Annual statistical returns and brief notes on vaccination in Bengal - 1887-1898
Year: 1887
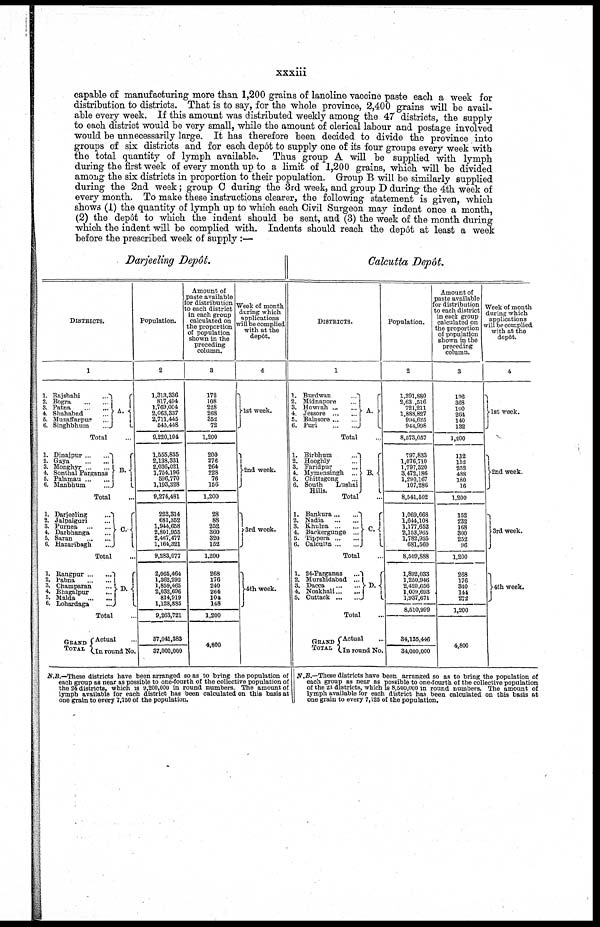
xxxiii
capable of manufacturing more than 1,200 grains of lanoline vaccine paste each a week for
distribution to districts. That is to say, for the whole province, 2,400 grains will be avail-
able every week. If this amount was distributed weekly among the 47 districts, the supply
to each district would be very small, while the amount of clerical labour and postage involved
would be unnecessarily large. It has therefore been decided to divide the province into
groups of six districts and for each depôt to supply one of its four groups every week with
the total quantity of lymph available. Thus group A will be supplied with lymph
during the first week of every month up to a limit of 1,200 grains, which will be divided
among the six districts in proportion to their population. Group B will be similarly supplied
during the 2nd week; group C during the 3rd week, and group D during the 4th week of
every month. To make these instructions clearer, the following statement is given, which
shows (1) the quantity of lymph up to which each Civil Surgeon may indent once a month,
(2) the depôt to which the indent should be sent, and (3) the week of the month during
which the indent will be complied with. Indents should reach the depôt at least a week
before the prescribed week of supply:—
Darjeeling Depôt
DISTRICTS.
1
1.
2.
3.
4.
5.
6.
Rajshahi ...
Bogra
...
...
Patna
...
...
Shahabad ...
Muzaffarpur ...
Singhbhum
... A.
Total ...
1.
2.
3.
4.
5.
6.
Dinajpur...
...
Gaya
...
...
Monghyr ... ...
Sonthal Parganas
Palamau ... ...
Manbhum
...
B.
Total ...
1.
2.
3.
4.
5.
6.
Darjeeling
...
Jalpaigari ...
Purnea
...
...
Darbhanga ...
Saran
...
...
Hazaribagh
...
C.
Total ...
1.
2.
3.
4.
5.
6.
Rangpur...
...
Pabna
...
...
Champaran ...
Bhagalpur ...
Malda
...
...
Lohardaga
... D.
Total ...
GRAND
TOTAL
Actual ...
In round No.
Population.
2
1,313,336
817,494
1,769,004
2,063,337
2,711,445
545,448
9,220,104
1,555,835
2,138,331
2,036,021
1,754,196
596,770
1,193,328
9,274,481
223,314
681,352
1,944,658
2,801,955
2,467,477
1,164,321
9,283,077
2,065,464
1,362,292
1,859,465
2,032,696
814,919
1,128,885
9,263,721
37,041,383
37,000,000
Amount of
paste available
for distribution
to each district
in each group
calculated on
the proportion
of population
shown in the
preceding
column.
3
172
108
228
268
352
72
1,200
200
276
264
228
76
156
1,200
28
88
252
360
320
152
1,200
268
176
240
264
104
148
1,200
4,800
Week of month
during which
applications
will be complied
with at the
depôt.
4
1st week.
2nd week.
3rd week.
4th week.
N.B.—These districts have been arranged so as to bring the population of
each group as near as possible to one-fourth of the collective population of
the 24 districts, which is 9,200,000 in round numbers. The amount of
lymph available for each district has been calculated on this basis at
one grain to every 7,750 of the population.
Calcutta Depôt
DISTRICTS.
1
1.
2.
3.
4.
5.
6.
Burdwan
...
Midnapore ...
Howrah ... ...
Jessore ... ...
Balasore ... ...
Puri
...
... A.
Total ...
1.
2.
3.
4.
5.
6.
Birbhum
...
Hooghly ...
Faridpur ...
Mymensingh ...
Chittagong ...
South
Lushai
Hills.
B.
Total ...
1.
2.
3.
4.
5.
6.
Bankura...
...
Nadia
...
...
Khulna ... ...
Backergunge ...
Tippera ... ...
Calcutta...
...
C.
Total ...
1.
2.
3.
4.
5.
24-Parganas
...
Murshidabad ...
Dacca
...
...
Noakhali...
...
Cuttack
...
... D.
Total ...
GRAND
TOTAL
Actual ...
In round No.
Population.
2
1,391,880
2,630,516
721,211
1,888,827
994,625
944,998
8,573,057
797,833
1,076,710
1,797,320
3,472,186
1,290,167
107,286
8,541,502
1,069,668
1,644,108
1,177,652
2,153,965
1,782,935
681,560
8,509,888
1,892,033
1,250,946
2,420,656
1,009,693
1,937,671
8,510,999
34,135,446
34,000,000
Amount of
paste available
for distribution
to each district
in each group
calculated on
the proportion
of population
shown in the
preceding
column.
3
106
368
100
264
140
132
1,200
112
152
252
488
180
16
1,200
152
232
168
300
252
96
1,200
268
176
340
144
272
1,200
4,800
Week of month
during which
applications
will be complied
with at the
depôt.
4
1st week.
2nd week.
3rd week.
4th week.
N.B.—These districts have been arranged so as to bring the population of
each group as near as possible to one-fourth of the collective population
of the 23 districts, which is 8,500,000 in round numbers. The amount of
lymph available for each district has been calculated on this basis at
one grain to every 7,125 of the population.